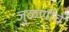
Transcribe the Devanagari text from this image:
जुळणीचे